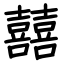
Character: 囍